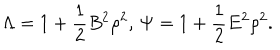
\Lambda = 1 + \frac { 1 } { 2 } B ^ { 2 } \rho ^ { 2 } , \, \Psi = 1 + \frac { 1 } { 2 } E ^ { 2 } \rho ^ { 2 } .